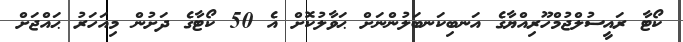
ކޯޓާ ރައީސުލްޖުމްހޫރިއްޔާގެ އަނބިކަނބަލުންނަށް ޙަވާލުކޮށް އެ 50 ކޯޓާގެ ދަށުން މިއަހަރު ޙައްޖަށް